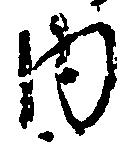
内